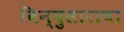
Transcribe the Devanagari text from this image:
बिन्दुसाराचा